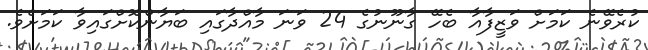
ކުރެވޭނެ ކަމަށް ވަޒީފާއާ ބެހޭ ގާނޫނުގެ 24 ވަނަ މާއްދާގައި ބަޔާންކޮށްގައިވާ ކަމަށެވެ.